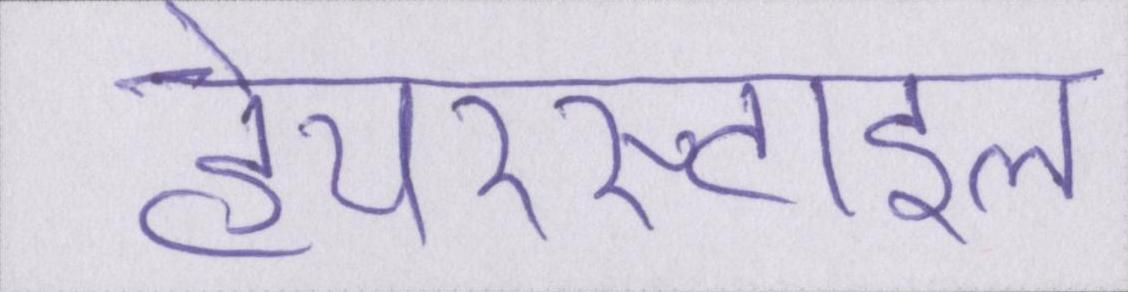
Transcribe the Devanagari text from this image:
हेयरस्टाइल